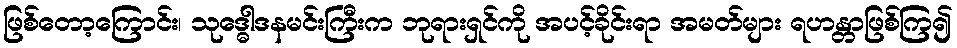
ဖြစ်တော့ကြောင်း၊ သုဒ္ဓေါဒနမင်းကြီးက ဘုရားရှင်ကို အပင့်ခိုင်းရာ အမတ်များ ရဟန္တာဖြစ်ကြ၍